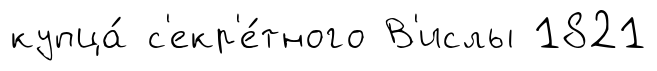
купца́ с'екр'е́тного В'ислы 1821